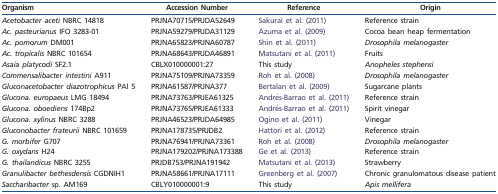
<table><thead><tr><td><b>Organism</b></td><td><b>Accession Number</b></td><td><b>Reference</b></td><td><b>Origin</b></td></tr></thead><tbody><tr><td><i>Acetobacter aceti</i> NBRC 14818</td><td>PRJNA70715/PRJDA52649</td><td>Sakurai et al. (2011)</td><td>Reference strain</td></tr><tr><td><i>Ac. pasteurianus</i> IFO 3283-01</td><td>PRJNA59279/PRJDA31129</td><td>Azuma et al. (2009)</td><td>Cocoa bean heap fermentation</td></tr><tr><td><i>Ac. pomorum</i> DM001</td><td>PRJNA65823/PRJNA60787</td><td>Shin et al. (2011)</td><td><i>Drosophila melanogaster</i></td></tr><tr><td><i>Ac. tropicalis</i> NBRC 101654</td><td>PRJNA68643/PRJDA46891</td><td>Matsutani et al. (2011)</td><td>Fruits</td></tr><tr><td><i>Asaia platycodi</i> SF2.1</td><td>CBLX010000001:27</td><td>This study</td><td><i>Anopheles stephensi</i></td></tr><tr><td><i>Commensalibacter intestini</i> A911</td><td>PRJNA75109/PRJNA73359</td><td>Roh et al. (2008)</td><td><i>Drosophila melanogaster</i></td></tr><tr><td><i>Gluconacetobacter diazotrophicus</i> PAl 5</td><td>PRJNA61587/PRJNA377</td><td>Bertalan et al. (2009)</td><td>Sugarcane plants</td></tr><tr><td><i>Glucona. europaeus</i> LMG 18494</td><td>PRJNA73763/PRJEA61325</td><td>Andrés-Barrao et al. (2011)</td><td>Reference strain</td></tr><tr><td><i>Glucona. oboediens</i> 174Bp2</td><td>PRJNA73765/PRJEA61333</td><td>Andrés-Barrao et al. (2011)</td><td>Spirit vinegar</td></tr><tr><td><i>Glucona. xylinus</i> NBRC 3288</td><td>PRJNA46523/PRJDA64985</td><td>Ogino et al. (2011)</td><td>Vinegar</td></tr><tr><td><i>Gluconobacter frateurii</i> NBRC 101659</td><td>PRJNA178735/PRJDB2</td><td>Hattori et al. (2012)</td><td>Reference strain</td></tr><tr><td><i>G. morbifer</i> G707</td><td>PRJNA76941/PRJNA73361</td><td>Roh et al. (2008)</td><td><i>Drosophila melanogaster</i></td></tr><tr><td><i>G. oxydans</i> H24</td><td>PRJNA179202/PRJNA173388</td><td>Ge et al. (2013)</td><td>Reference strain</td></tr><tr><td><i>G. thailandicus</i> NBRC 3255</td><td>PRJDB753/PRJNA191942</td><td>Matsutani et al. (2013)</td><td>Strawberry</td></tr><tr><td><i>Granulibacter bethesdensis</i> CGDNIH1</td><td>PRJNA58661/PRJNA17111</td><td>Greenberg et al. (2007)</td><td>Chronic granulomatous disease patient</td></tr><tr><td><i>Saccharibacter</i> sp. AM169</td><td>CBLY010000001:9</td><td>This study</td><td><i>Apis mellifera</i></td></tr></tbody></table>